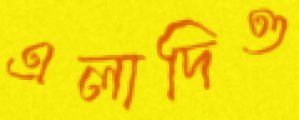
এলাদিও